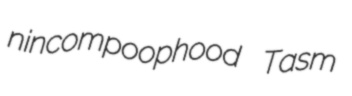
nincompoophood Tasm